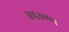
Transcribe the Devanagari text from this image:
उपउष्ण